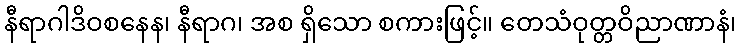
နီရာဂါဒိဝစနေန၊ နီရာဂ၊ အစ ရှိသော စကားဖြင့်။ တေသံဝုတ္တဝိညာဏာနံ၊